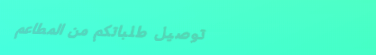
توصيل طلباتكم من المطاعم